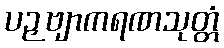
ပဉှဗျာကရဏသုတ္တံ